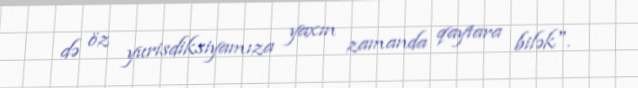
də öz yurisdiksiyamıza yaxın zamanda qaytara bilək".